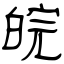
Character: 皖